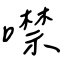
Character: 噤